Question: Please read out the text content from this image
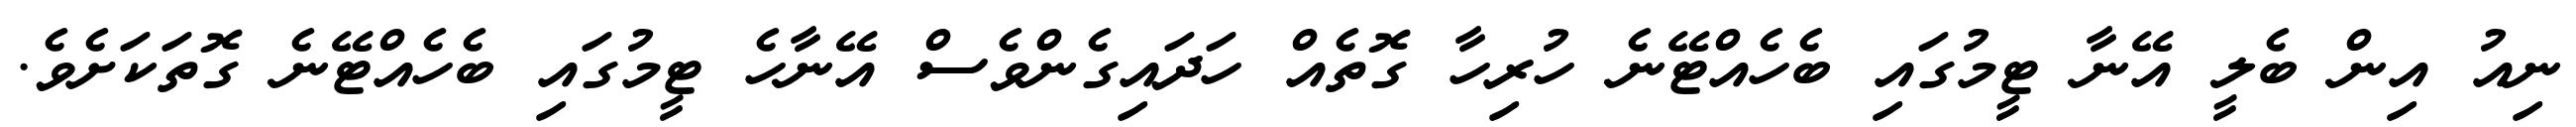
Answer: ނިއު އިން ބެލީ އޭނާ ޓީމުގައި ބެހެއްޓޭނެ ހުރިހާ ގޮތެއް ހަދައިގެންވެސް އޭނާހެ ޓީމުގައި ބެހެއްޓޭނެ ގޮތަކަށެވެ.